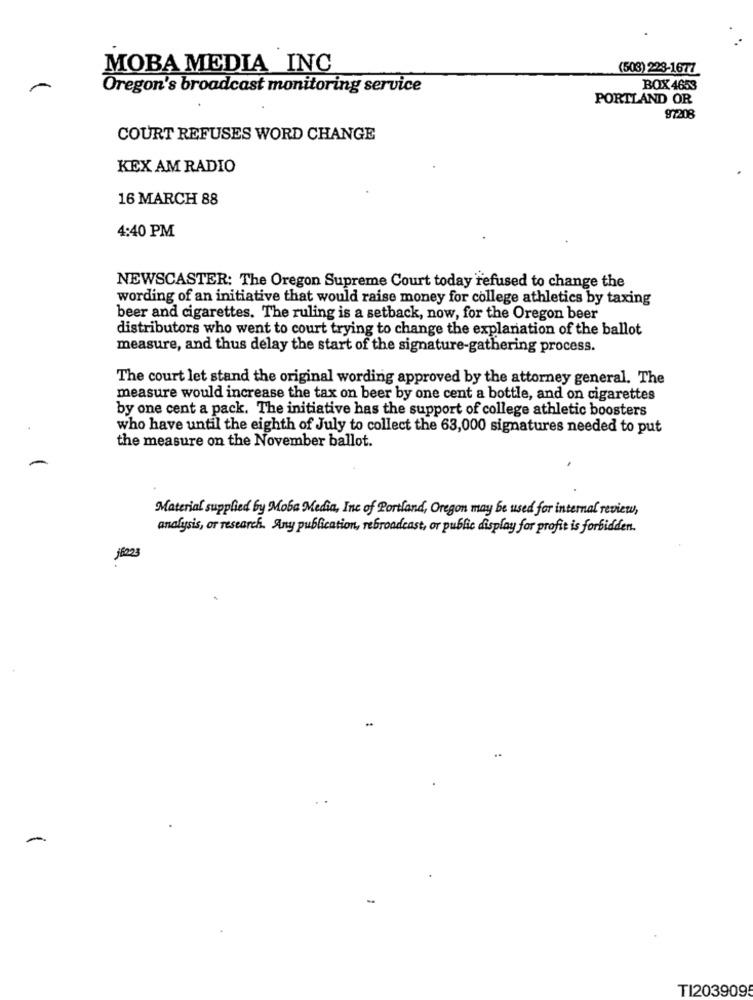
MOBA MEDIA INC
(503) 228-1677
Oregon's broadcast monitoring service
BOX 4653
PORTLAND OR
97208
COURT REFUSES WORD CHANGE
KEX AM RADIO
16 MARCH 88
4:40 PM
NEWSCASTER: The Oregon Supreme Court today refused to change the
wording of an initiative that would raise money for college athletics by taxing
beer and cigarettes. The ruling is a setback, now, for the Oregon beer
distributors who went to court trying to change the explanation of the ballot
measure, and thus delay the start of the signature-gathering process.
The court let stand the original wording approved by the attorney general. The
measure would increase the tax on beer by one cent a bottle, and on cigarettes
by one cent a pack. The initiative has the support of college athletic boosters
who have until the eighth of July to collect the 63,000 signatures needed to put
the measure on the November ballot.
Material supplied by Moba Media, Inc of Portland, Oregon may be used for internal review,
analysis, or research. Any publication, rebroadcast, or public display for profit is forbidden.
16003
-
TI203909